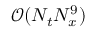
\mathcal { O } ( N _ { t } N _ { x } ^ { 9 } )